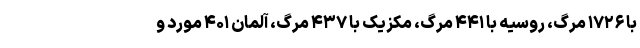
با ۱۷۲۶ مرگ، روسیه با ۴۴۱ مرگ، مکزیک با ۴۳۷ مرگ، آلمان ۴۰۱ مورد و